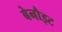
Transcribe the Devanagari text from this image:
बेनौइट